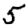
Digit: 5